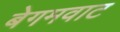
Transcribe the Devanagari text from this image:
बेगमवाट